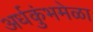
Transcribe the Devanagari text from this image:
अर्धकुंभमेळा